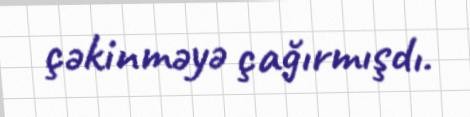
çəkinməyə çağırmışdı.